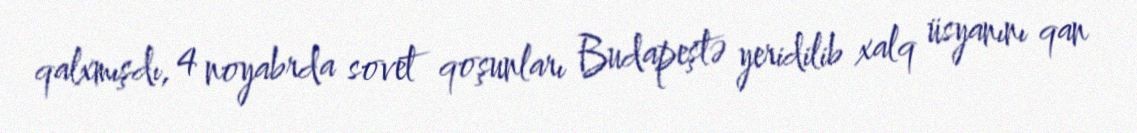
qalxmışdı, 4 noyabrda sovet qoşunları Budapeştə yeridilib xalq üsyanını qan